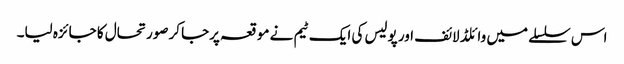
اس سلسلے میں وائلڈ لائف اور پولیس کی ایک ٹیم نے موقعہ پرجا کرصورتحال کا جائزہ لیا۔